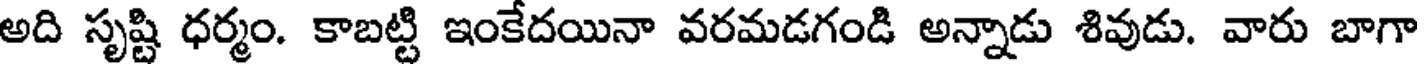
అది సృష్టి ధర్మం. కాబట్టి ఇంకేదయినా వరమడగండి అన్నాడు శివుడు. వారు బాగా